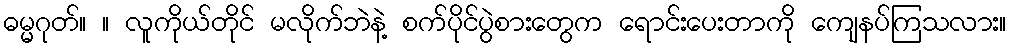
ဓမ္မဂုတ်။ ။ လူကိုယ်တိုင် မလိုက်ဘဲနဲ့ စက်ပိုင်ပွဲစားတွေက ရောင်းပေးတာကို ကျေနပ်ကြသလား။